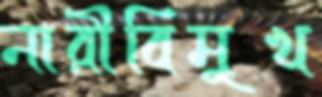
নারীবিমুখ